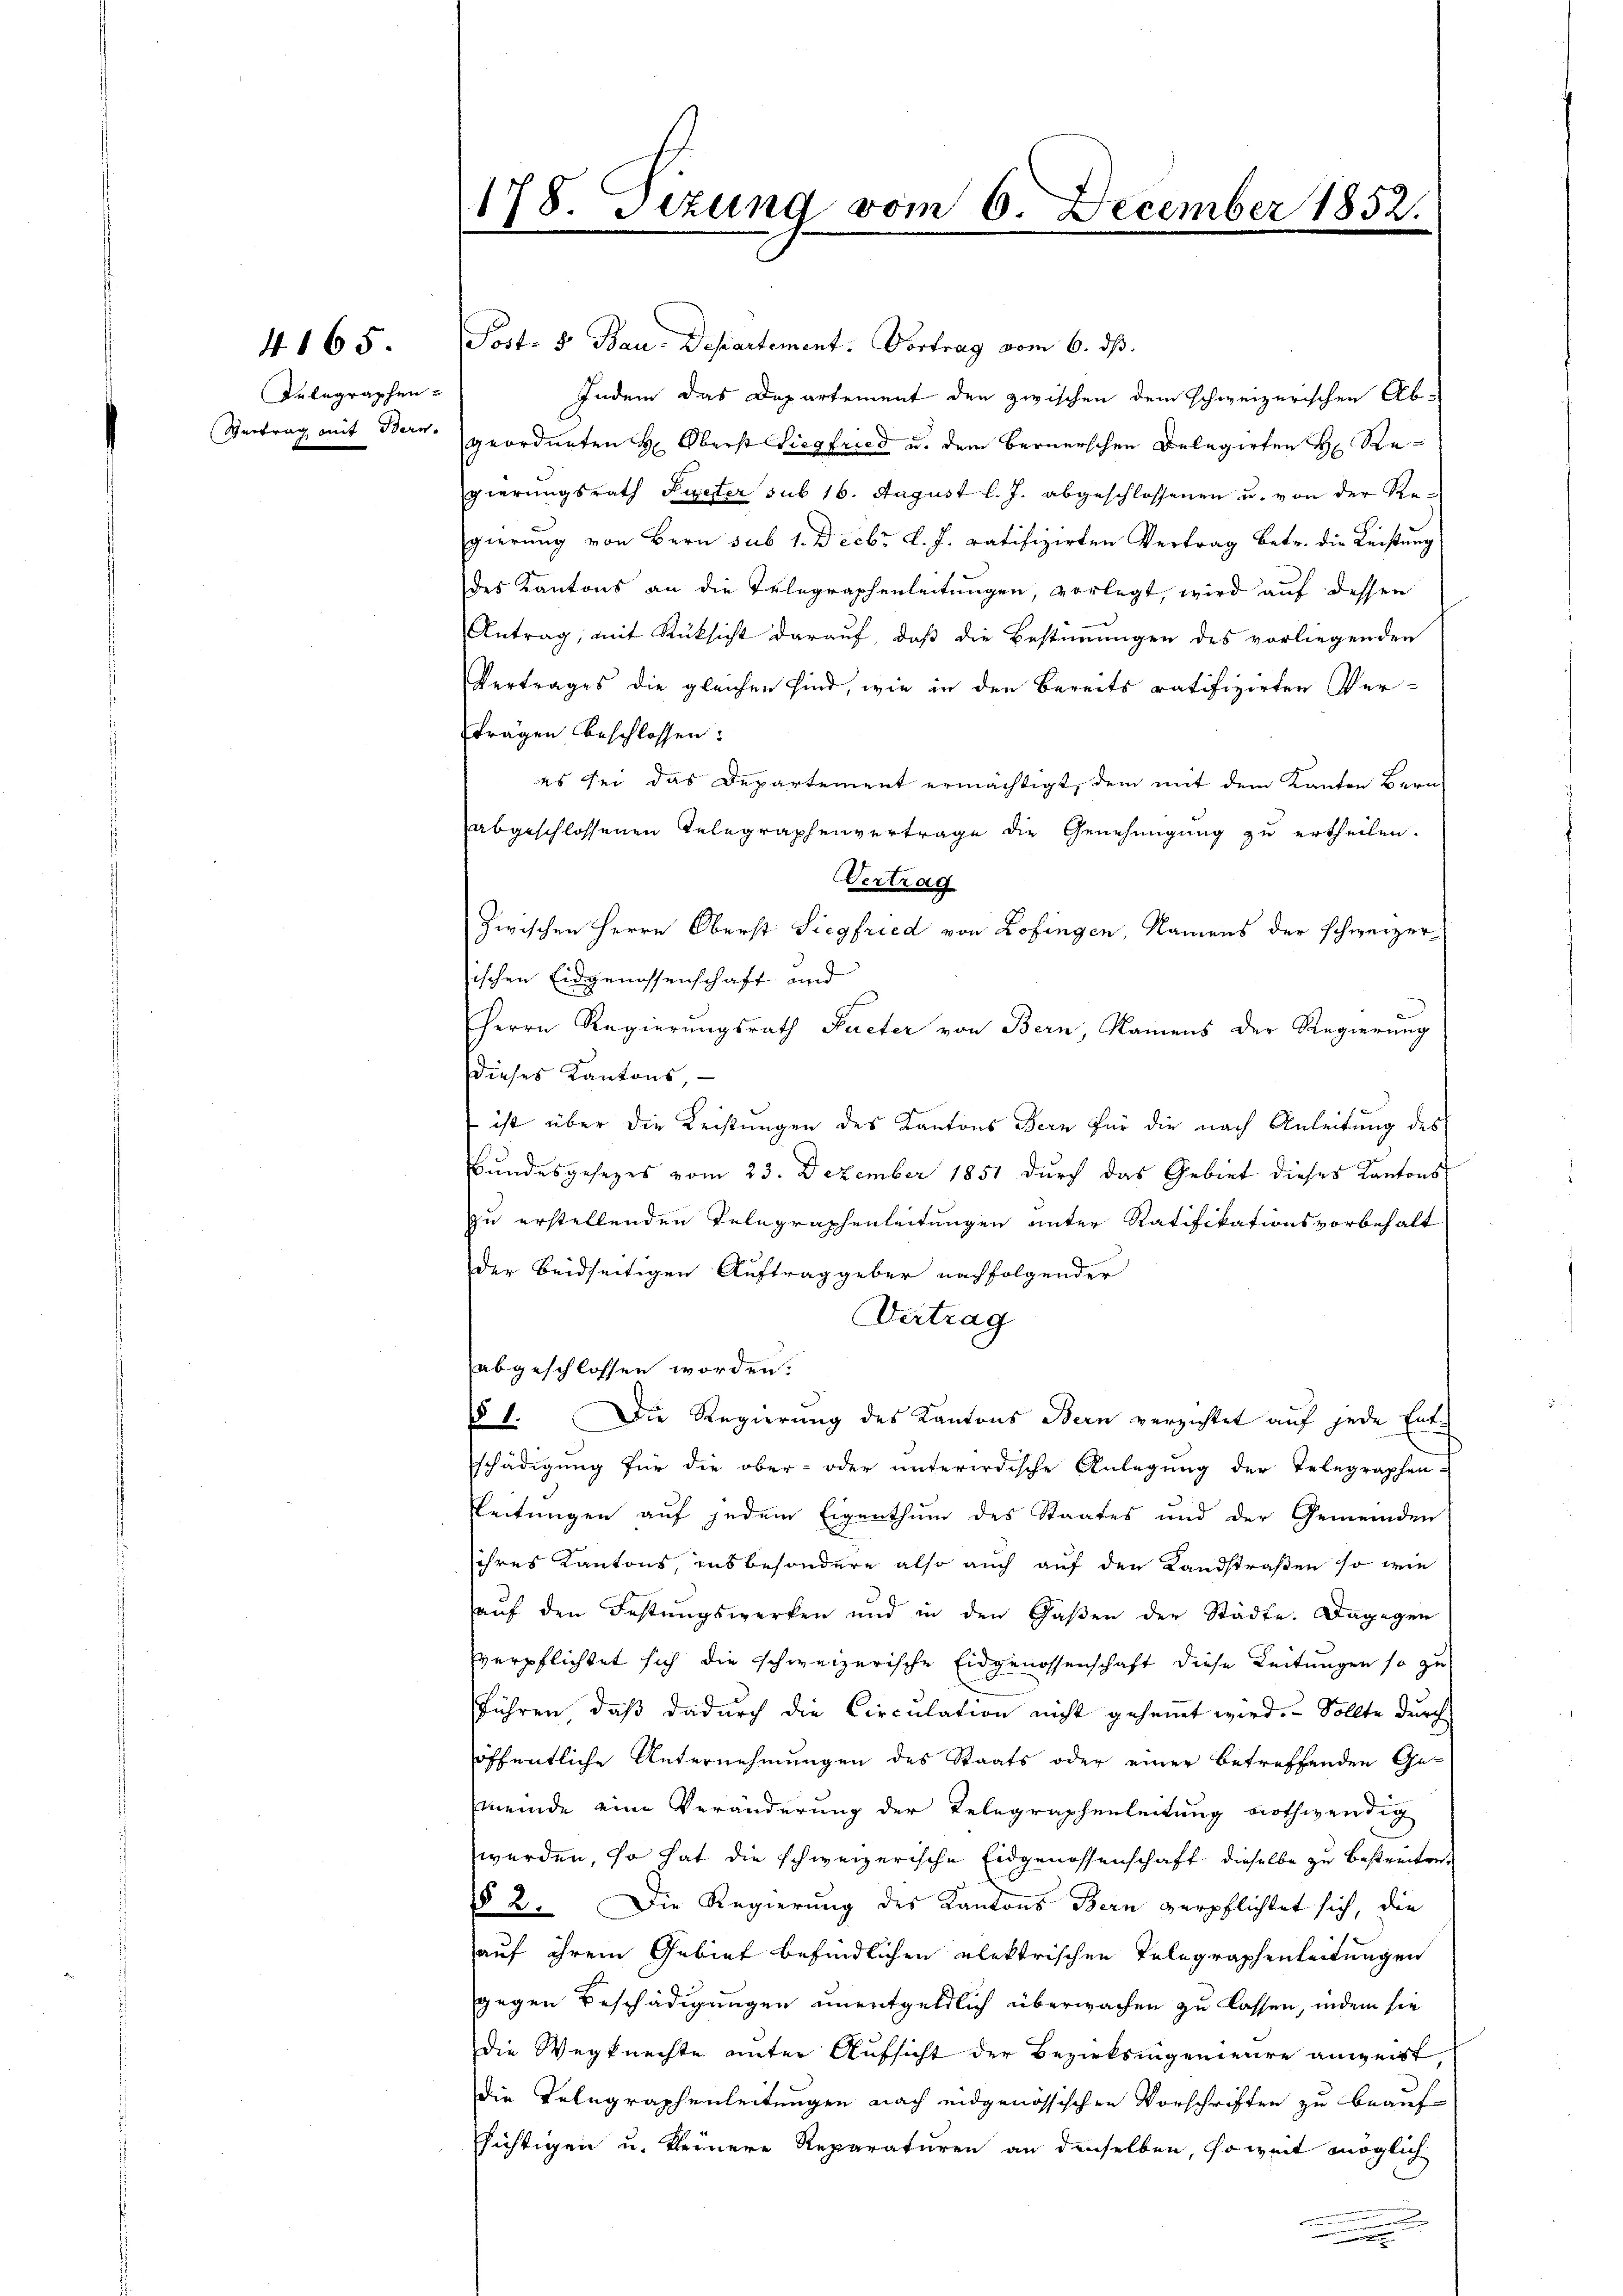
Delegraphen
Vertrag mit Bern.

4165.

178. Sizung vom 6. December 1852.
e

Post- & Bau-Departement. Vortrag vom 6. ds.
Indem das Departement den zwischen dem schweizerischen Ab-
geordneten H. Oberst Siegfried u. dem Bernerschen Delegirten H: Regierungsrath Sueter sub 16. August l. J. abgeschlossenen u. von der Regierung von Bern sub 1. Decbr. l. J. ratifizirten Vertrag betr. die Leistung
des Kantons an die Telegraphenleitungen, vorlegt, wird auf dessen
Antrag, mit Rücksicht darauf, daß die Bestimmungen des vorliegenden
Vertrages die gleichen sind, wie in den Bereits ratifizirten Verträgen beschlossen:
es sei das Departement ermächtigt, dem mit dem Kanton Bern
abgeschlossenen Telegraphenvertrage die Genehmigung zu ertheilen.
Vertrag
zwischen Herrn Oberst Siegfried von Zofingen, Namens der schweizer
sischen Eidgenossenschaft und
Herrn Regierungsrath Rueter von Bern, Namens der Regierung
dieses Kantons,
 ist über die Leistungen des Kantons Bern für die nach Anleitung des
Bundesgesezes vom 23. Dezember 1851 durch das Gebiet dieses Kantons
zu erstellenden Telegraphenleitungen unter Ratifikationsvorbehalt
der beidseitigen Auftrag geber nachfolgender
Vertrag
abgeschlossen worden.
§ 1. Die Regierung des Kantons Bern verzichtet auf jede Entschädigung für die ober- oder unterirdische Anlegung der Telegraphen-
Leitungen auf jedem Eigenthum des Staates und der Gemeinden
ihres Kantons, insbesondere also auch auf den Landstraßen so wie
auf den Festungswerken und in den Gaßen der Städte. Dagegen
verpflichtet sich die schweizerische Eidgenossenschaft diese Leitungen so zu
führen, daß dadurch die Circulation nicht gehemmt wird. Sollte durch
öffentliche Unternehmungen des Staats oder einer betreffenden Ge-
meinde eine Veränderung der Telegraphenleitung nothwendig
werden, so hat die schweizerische Eidgenossenschaft dieselbe zu bestreiten,
§ 2. Die Regierung des Kantons Bern verpflichtet sich, die
auf ihrem Gebiet befindlichen elektrischen Telegraphenleitungen
gegen Beschädigungen unentgeldlich überwachen zu lassen, indem sie
Die Wegknechte unter Aufsicht der Bezirksingenieure anweist,
die Telegraphenleitungen nach eidgenössischen Vorschriften zu beaufsichtigen u. kleinere Reparaturen an denselben, soweit möglich
.